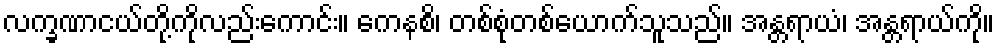
လက္ခဏာငယ်တို့ကိုလည်းကောင်း။ ကေနစိ၊ တစ်စုံတစ်ယောက်သူသည်။ အန္တရာယံ၊ အန္တရာယ်ကို။